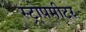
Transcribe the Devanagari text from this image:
स्ट्रोपमीटर